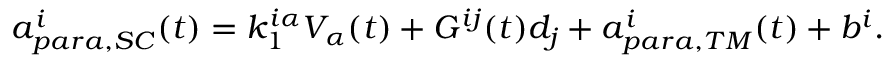
a _ { p a r a , S C } ^ { i } ( t ) = k _ { 1 } ^ { i \alpha } V _ { \alpha } ( t ) + G ^ { i j } ( t ) d _ { j } + a _ { p a r a , T M } ^ { i } ( t ) + b ^ { i } .